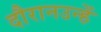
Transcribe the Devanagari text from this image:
दौरानउन्हें